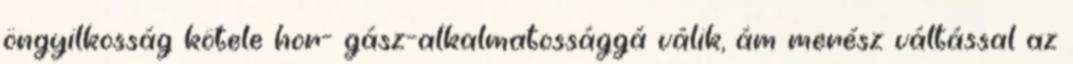
öngyilkosság kötele hor- gász-alkalmatossággá válik, ám merész váltással az